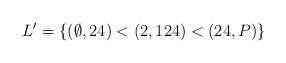
LaTeX: \begin{align*}L'=\{(\emptyset,24)<(2,124)<(24,P)\}\end{align*}